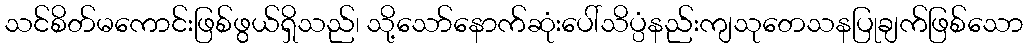
သင်စိတ်မကောင်းဖြစ်ဖွယ်ရှိသည်၊ သို့သော်နောက်ဆုံးပေါ်သိပ္ပံနည်းကျသုတေသနပြုချက်ဖြစ်သော